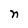
Character: n